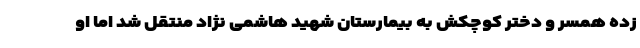
زده همسر و دختر کوچکش به بیمارستان شهید هاشمی نژاد منتقل شد اما او